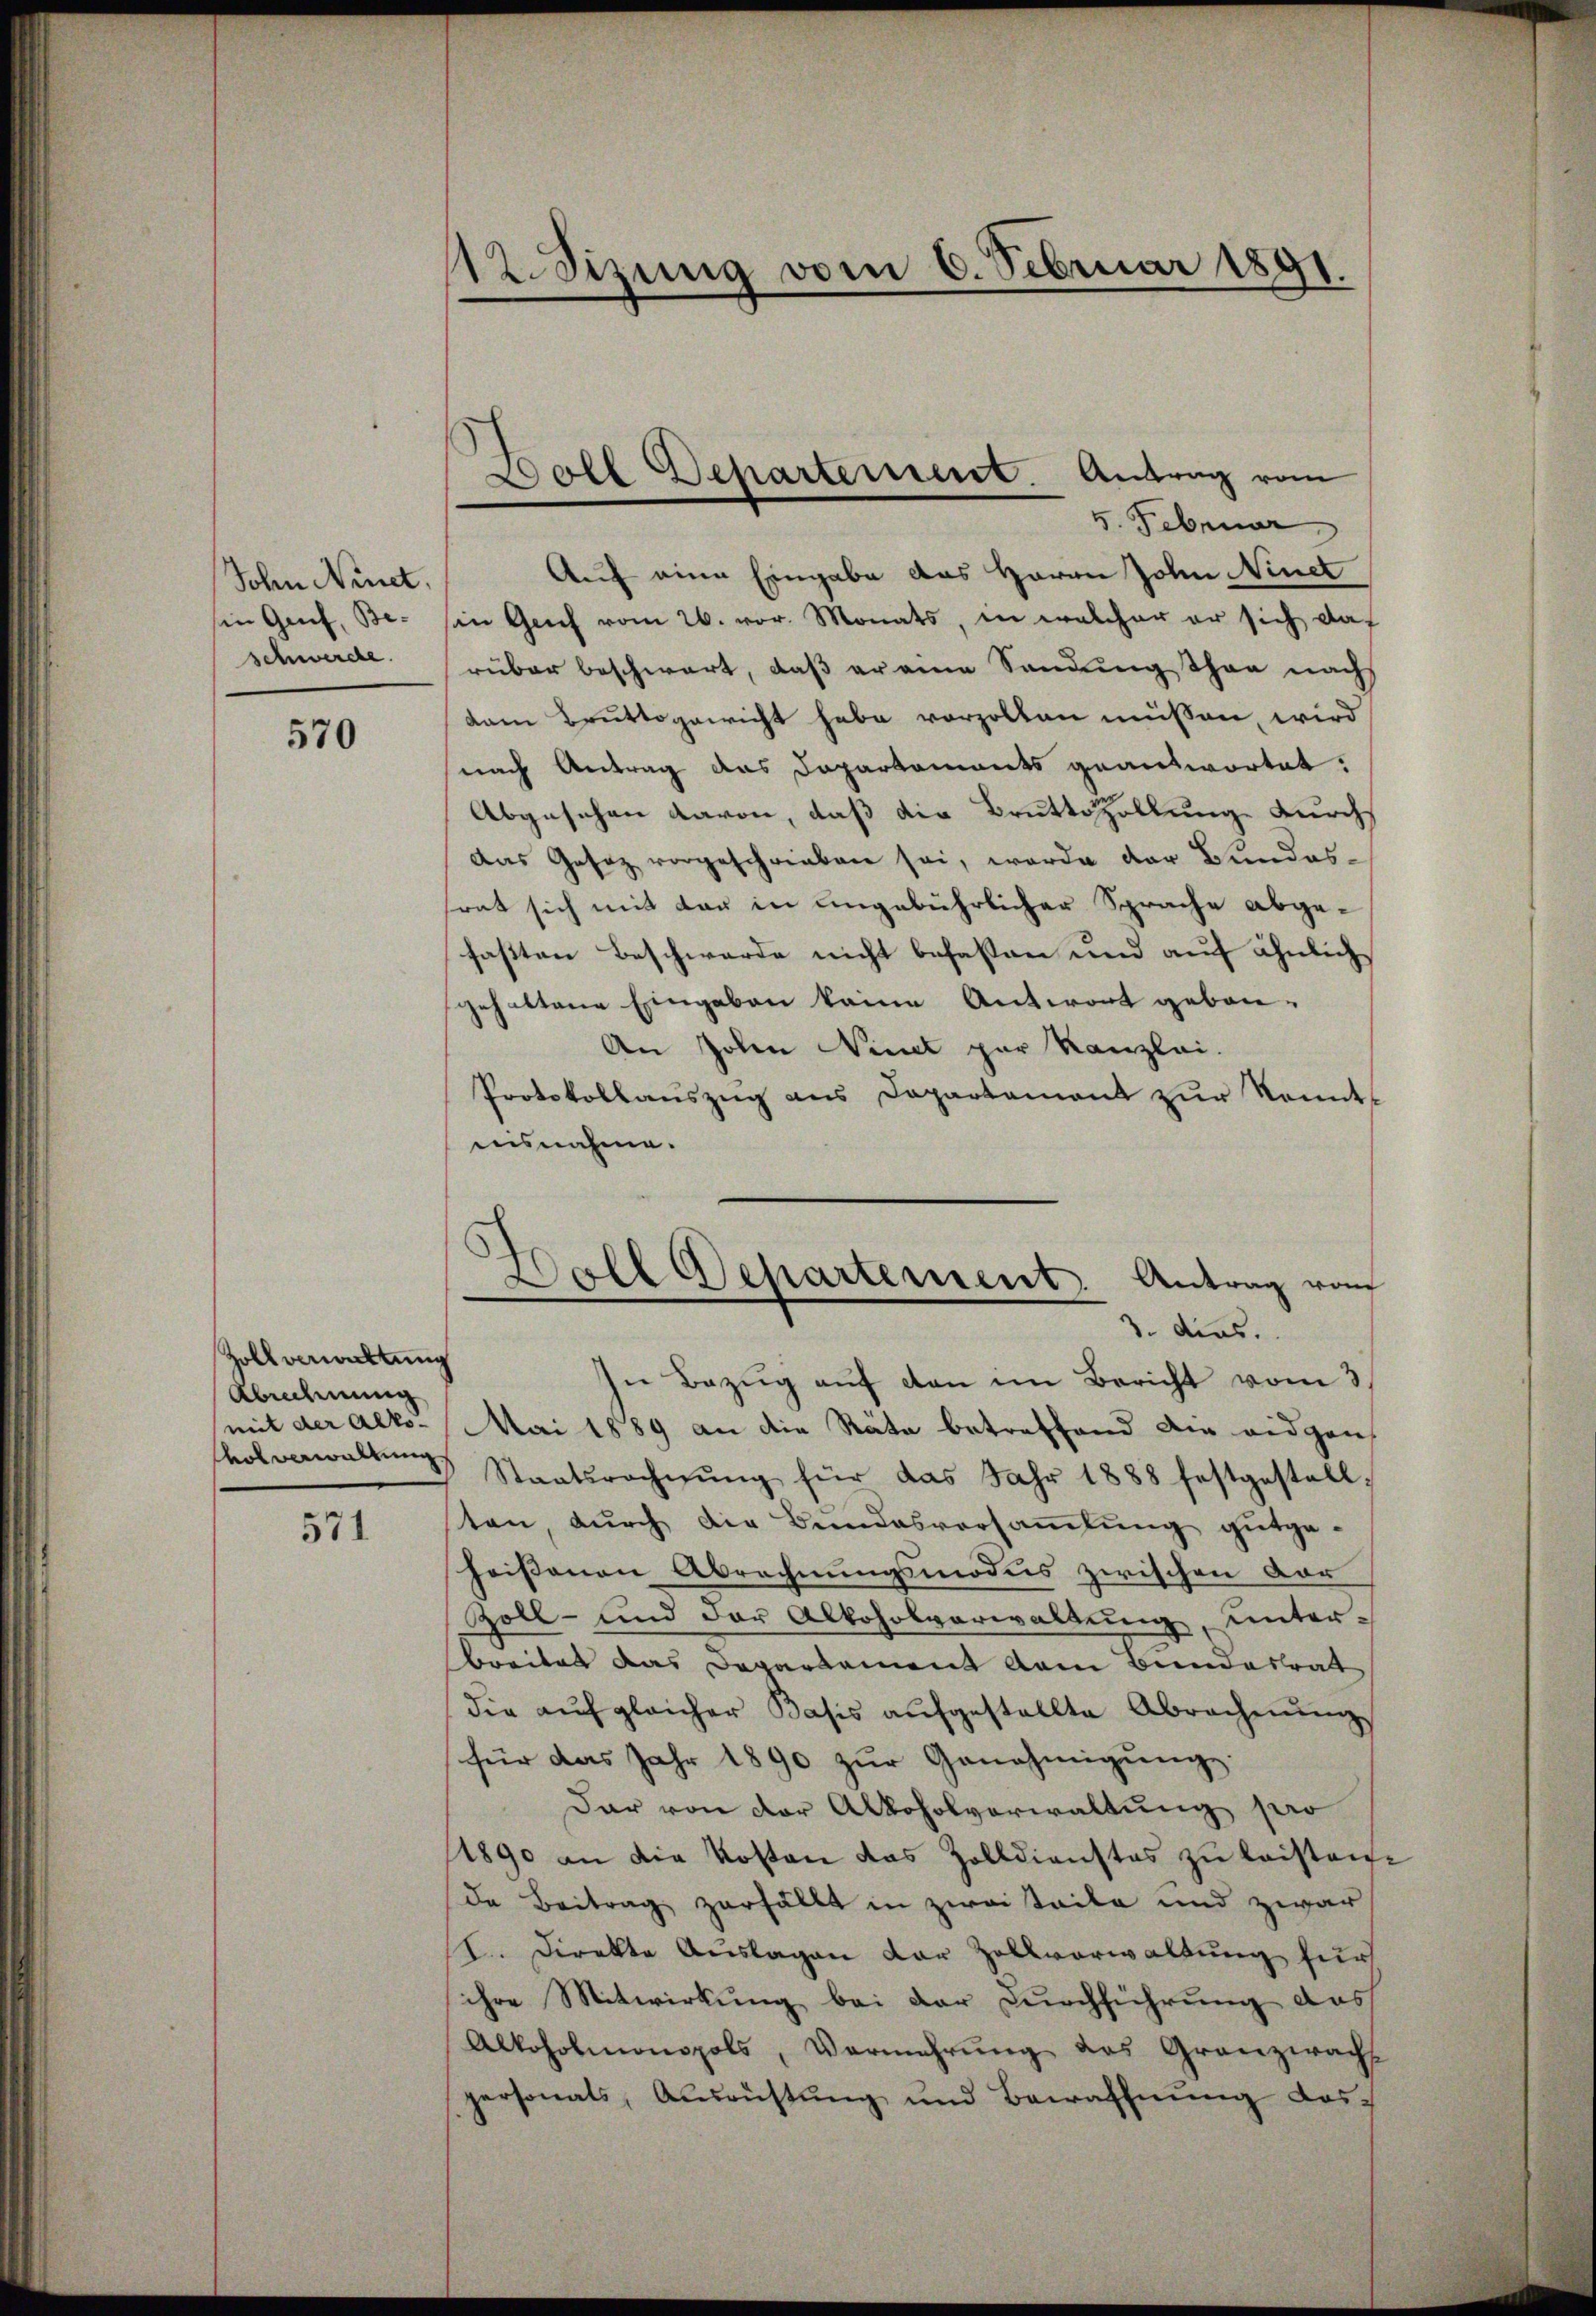
Sohn Niet.
in Genf, Beschwerde.

570

Zollverwaltung
Abnehmung
volverwaltung.

571

12. Sizung vom 6. Februar 1891.

5. Februar
Auf eine Eingabe das Herrn John Ninet
sein Genf vom 26. vor. Monats, in welcher er sich das
rüber beschwert, daß er eine Sendung Thon nach
dem Bruttogewicht habe vorzollen müssen, wird
nach Antrag das Dapartements geantwortet:
Abgesehen davon, daß die Brüttszollung durch
Das Gesez vorgeschrieben sei, werde der Bundessrat sich mit der in ungebührlicher Sprache abgefasten Beschwerde nicht befasten und auf ähnlich
gehaltene Eingaben keine Antwort gebau¬
An Johen Niet zur Kanzlei.
Protokollauszug aus Departement zur Kenntnisnahme.

Doll Departement. Antrag vom

Doll Repartement. Antrag vom
3. dies.

In Bezug auf den im Bericht vom 3
mit der alt. Mai 1889 an die Räte betreffend die eidgen
Staatsrechnŭng für das Jahr 1888 festgestall-
tan, durch die Bundesversammlung gutgeheissenen Abrechnungsmodus zwischen Vor
Zoll- und der Alkoholverwaltung, unterbreitet das Departement dem Bundesrat
die aŭf gleicher Basis aŭfgestellte Abrechnŭng
für das Jahr 1890 zur Genehmigung.
Dar von der Alkoholverwaltung pro
1890 an die Kosten das Zolldienstes zŭ leisten.
da Beitrag zerfällt in zweiteile und zwar
II. Direkte Auslagen der Zollverwaltung für
ihre Mitwirkung bei der Durchführung das
Alkoholmonopols, Vermehrŭng des Granzwacht
personals, Ausrüstung und Bewaffnung des